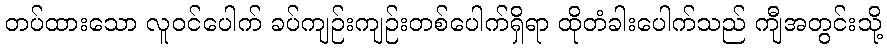
တပ်ထားသော လူဝင်ပေါက် ခပ်ကျဉ်းကျဉ်းတစ်ပေါက်ရှိရာ ထိုတံခါးပေါက်သည် ကျီအတွင်းသို့